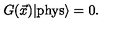
G ( \vec { x } ) | \mathrm { { p h y s } } \rangle = 0 .